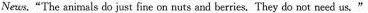
News, "The animals do just fine on nuts and berries.They do not need us."